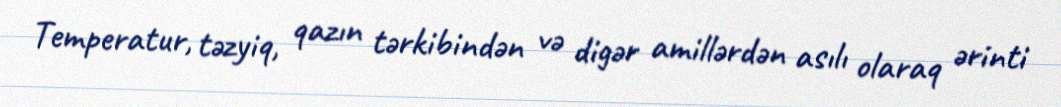
Temperatur, təzyiq, qazın tərkibindən və digər amillərdən asılı olaraq ərinti